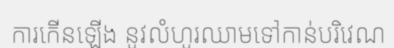
ការកើនឡើង នូវលំហូរឈាមទៅកាន់បរិវេណ